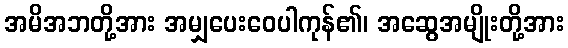
အမိအဘတို့အား အမျှပေးဝေပါကုန်၏၊ အဆွေအမျိုးတို့အား